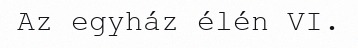
Az egyház élén VI.